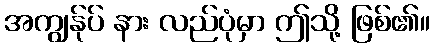
အကျွန်ုပ် နား လည်ပုံမှာ ဤသို့ ဖြစ်၏။